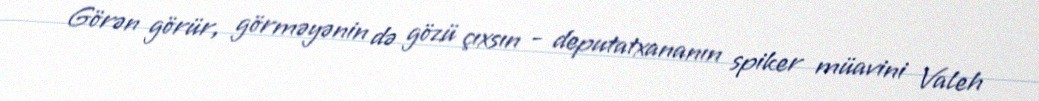
Görən görür, görməyənin də gözü çıxsın - deputatxananın spiker müavini Valeh